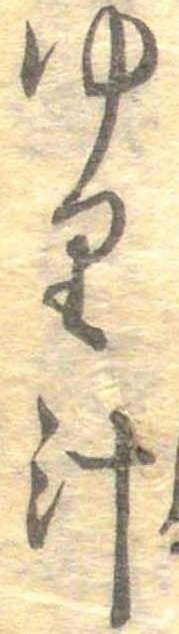
ゆり汁